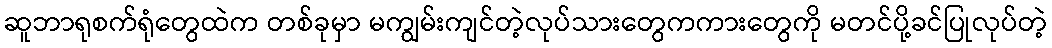
ဆူဘာရုစက်ရုံတွေထဲက တစ်ခုမှာ မကျွမ်းကျင်တဲ့လုပ်သားတွေကကားတွေကို မတင်ပို့ခင်ပြုလုပ်တဲ့